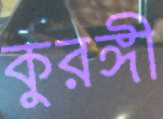
কুরঙ্গী